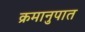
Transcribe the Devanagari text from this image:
क्रमानुपात